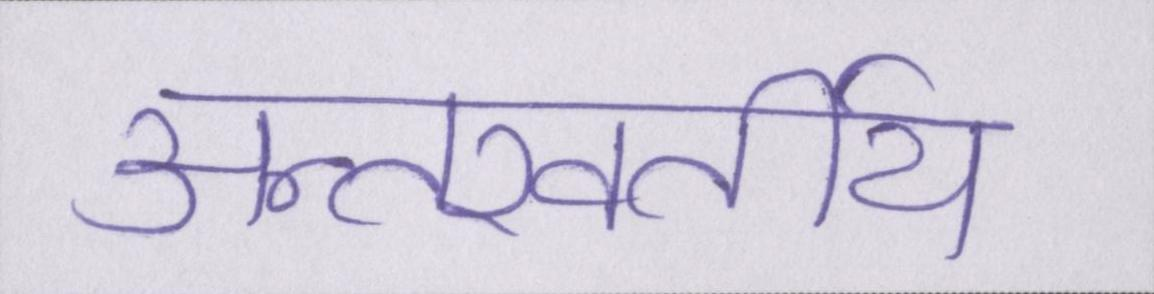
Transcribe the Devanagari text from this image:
अन्तरवर्तीय